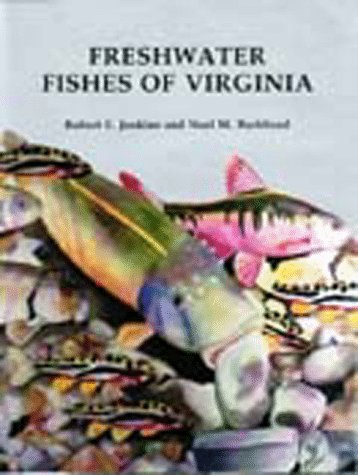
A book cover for Freshwater Fishes of Virginia; Robert E. Jenkins; Sports & Outdoors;